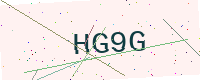
Text: HG9G